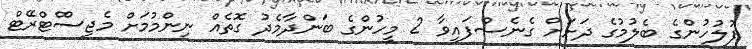
ފުލުހުންގެ ބެލުމުގެ ދަށަށް ގެނެސްފައިވާ 2 މީހުންގެ ބަންދާމެދު ގޮތެއް ނިންމުމަށް މެޖިސްްޓްރޭޓް